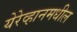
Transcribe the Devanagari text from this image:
येरेव्हानमधील